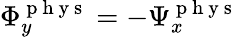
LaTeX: \Phi_{y}^{\mathrm{~p~h~y~s~}}=-\Psi_{x}^{\mathrm{~p~h~y~s~}}